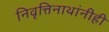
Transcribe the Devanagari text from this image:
निवृत्तिनाथांनीही